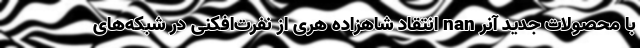
با محصولات جدید آنر nan انتقاد شاهزاده هری از نفرت‌افکنی در شبکه‌های